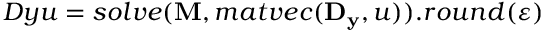
D y u = s o l v e ( \mathbf { M } , m a t v e c ( \mathbf { D _ { y } } , u ) ) . r o u n d ( \varepsilon )